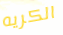
الكريه